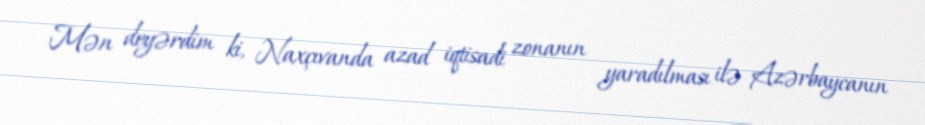
Mən deyərdim ki, Naxçıvanda azad iqtisadi zonanın yaradılması ilə Azərbaycanın